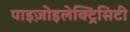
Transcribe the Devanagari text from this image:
पाइज़ोइलेक्ट्रिसिटी